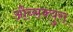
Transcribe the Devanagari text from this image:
औब्सक्युरा